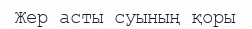
Жер асты суының қоры